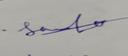
Signature authenticity: genuine